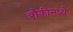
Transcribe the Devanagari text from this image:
चौकीमध्ये